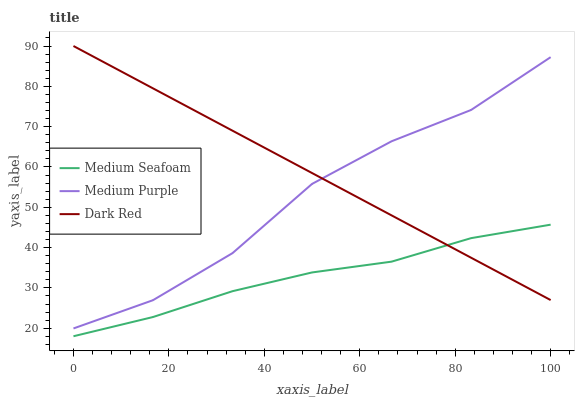
| xaxis_label | Medium Seafoam | Medium Purple | Dark Red |
 | --- | --- | --- | --- |
 | 0 | 18 | 19.9 | 90 |
 | 16.7 | 22.8 | 26.9 | 79.5 |
 | 33.3 | 29.2 | 38.6 | 69 |
 | 50 | 33.8 | 55.8 | 58.5 |
 | 66.7 | 36.5 | 66.4 | 48 |
 | 83.3 | 42.3 | 74.1 | 37.5 |
 | 100 | 45.7 | 87.2 | 27 |